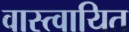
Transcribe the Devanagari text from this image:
वास्त्वायित